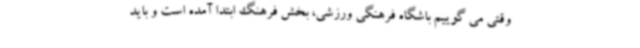
وقتی می گوییم باشگاه فرهنگی ورزشی، بخش فرهنگ ابتدا آمده است و باید